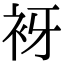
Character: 𧘪